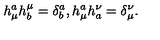
h _ { \mu } ^ { a } h _ { b } ^ { \mu } = \delta _ { b } ^ { a } , h _ { \mu } ^ { a } h _ { a } ^ { \nu } = \delta _ { \mu } ^ { \nu } .